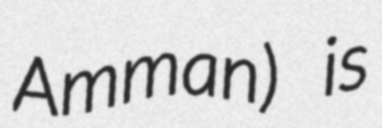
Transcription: Amman) is